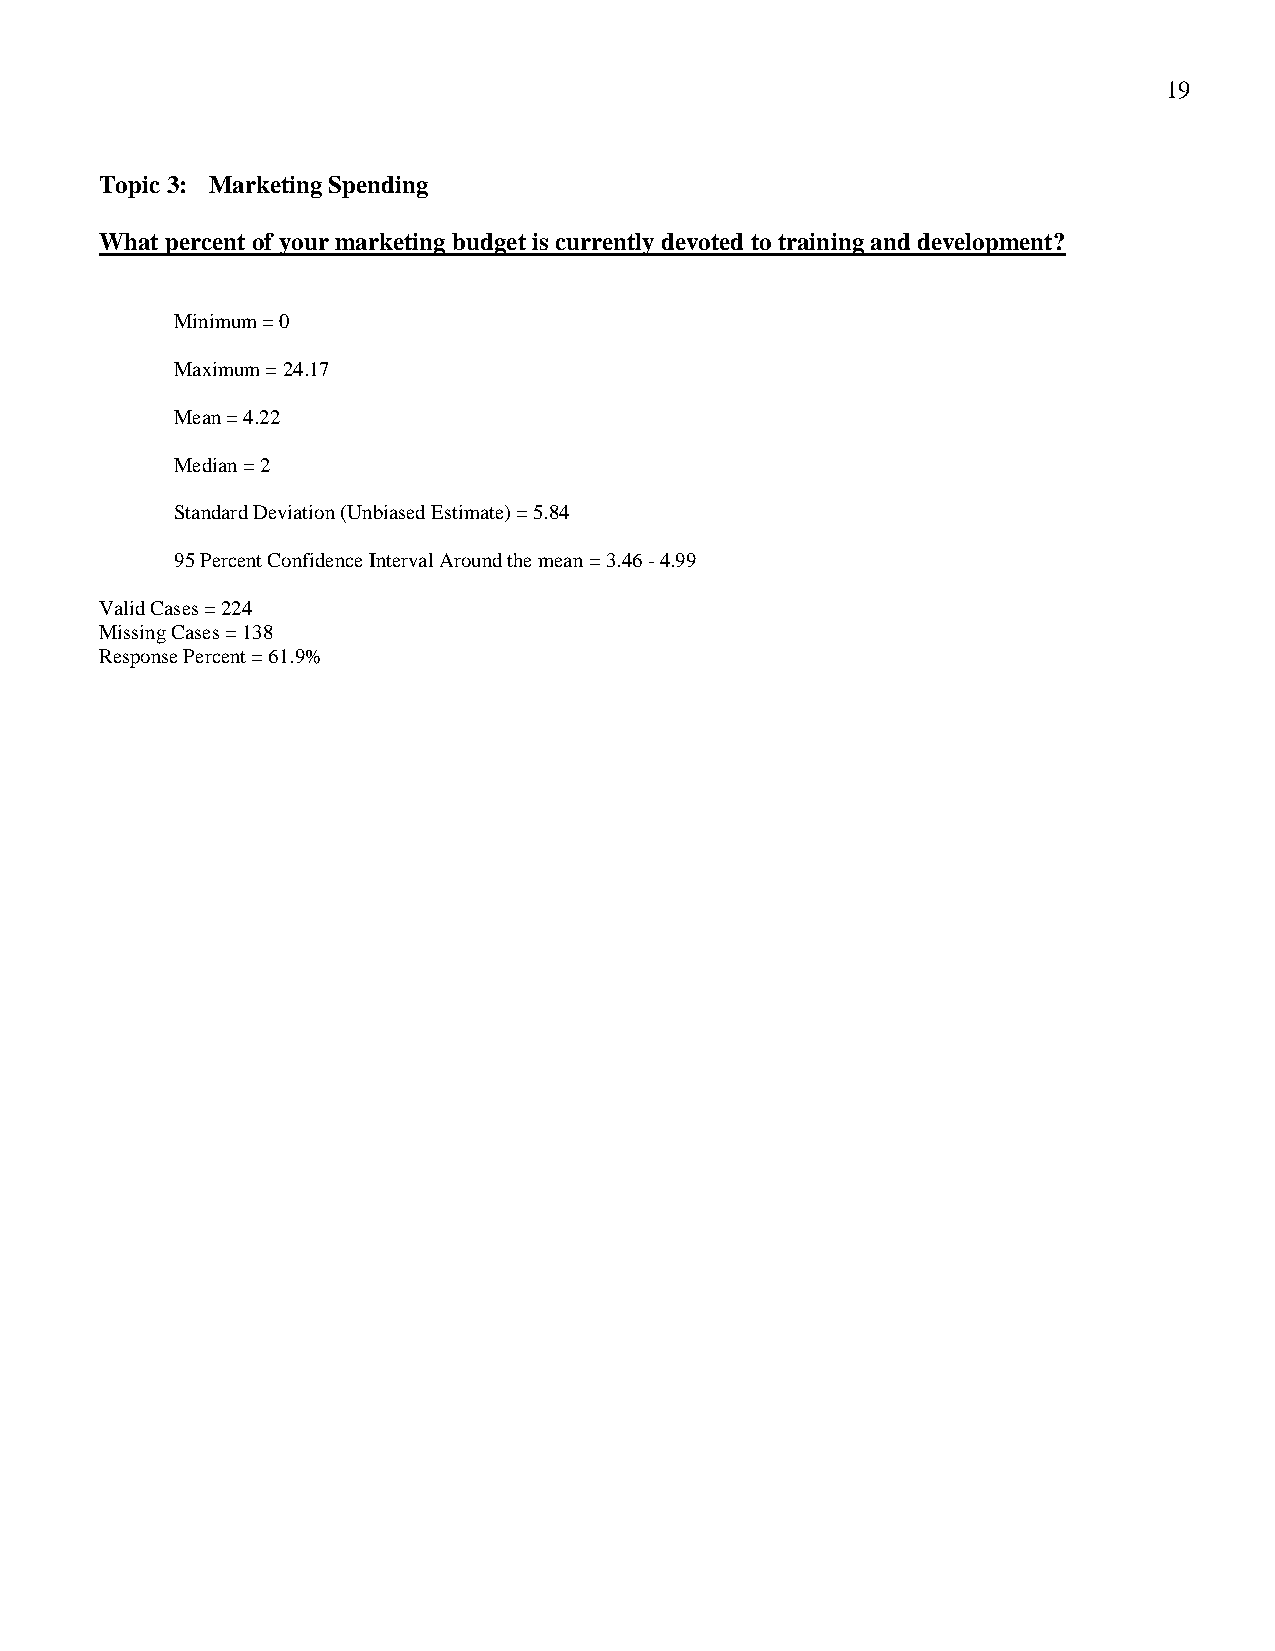
19
 Topic 3: Marketing Spending
 What percent of your marketing budget is currently devoted to training and development?
 Minimum = 0
 Maximum = 24.17
 Mean = 4.22
 Median = 2
 Standard Deviation (Unbiased Estimate) = 5.84
 95 Percent Confidence Interval Around the mean = 3.46 - 4.99
 Valid Cases = 224
 Missing Cases = 138
 Response Percent = 61.9%